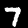
Label: 7